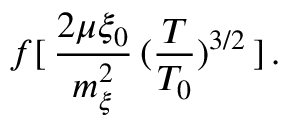
\: f [ \, \frac { 2 \mu \xi _ { 0 } } { m _ { \xi } ^ { 2 } } \, ( \frac { T } { T _ { 0 } } ) ^ { 3 / 2 } \, ] \, . \: